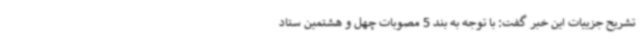
تشریح جزییات این خبر گفت: با توجه به بند 5 مصوبات چهل و هشتمین ستاد